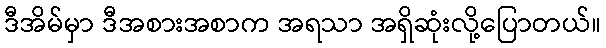
ဒီအိမ်မှာ ဒီအစားအစာက အရသာ အရှိဆုံးလို့ပြောတယ်။